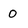
Character: o